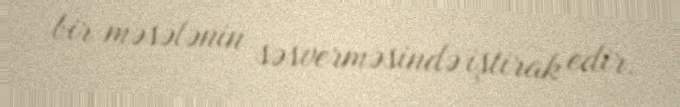
bir məsələnin səsverməsində iştirak edir.